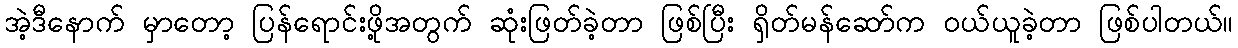
အဲ့ဒီနောက် မှာတော့ ပြန်ရောင်းဖို့အတွက် ဆုံးဖြတ်ခဲ့တာ ဖြစ်ပြီး ရှိတ်မန်ဆော်က ဝယ်ယူခဲ့တာ ဖြစ်ပါတယ်။